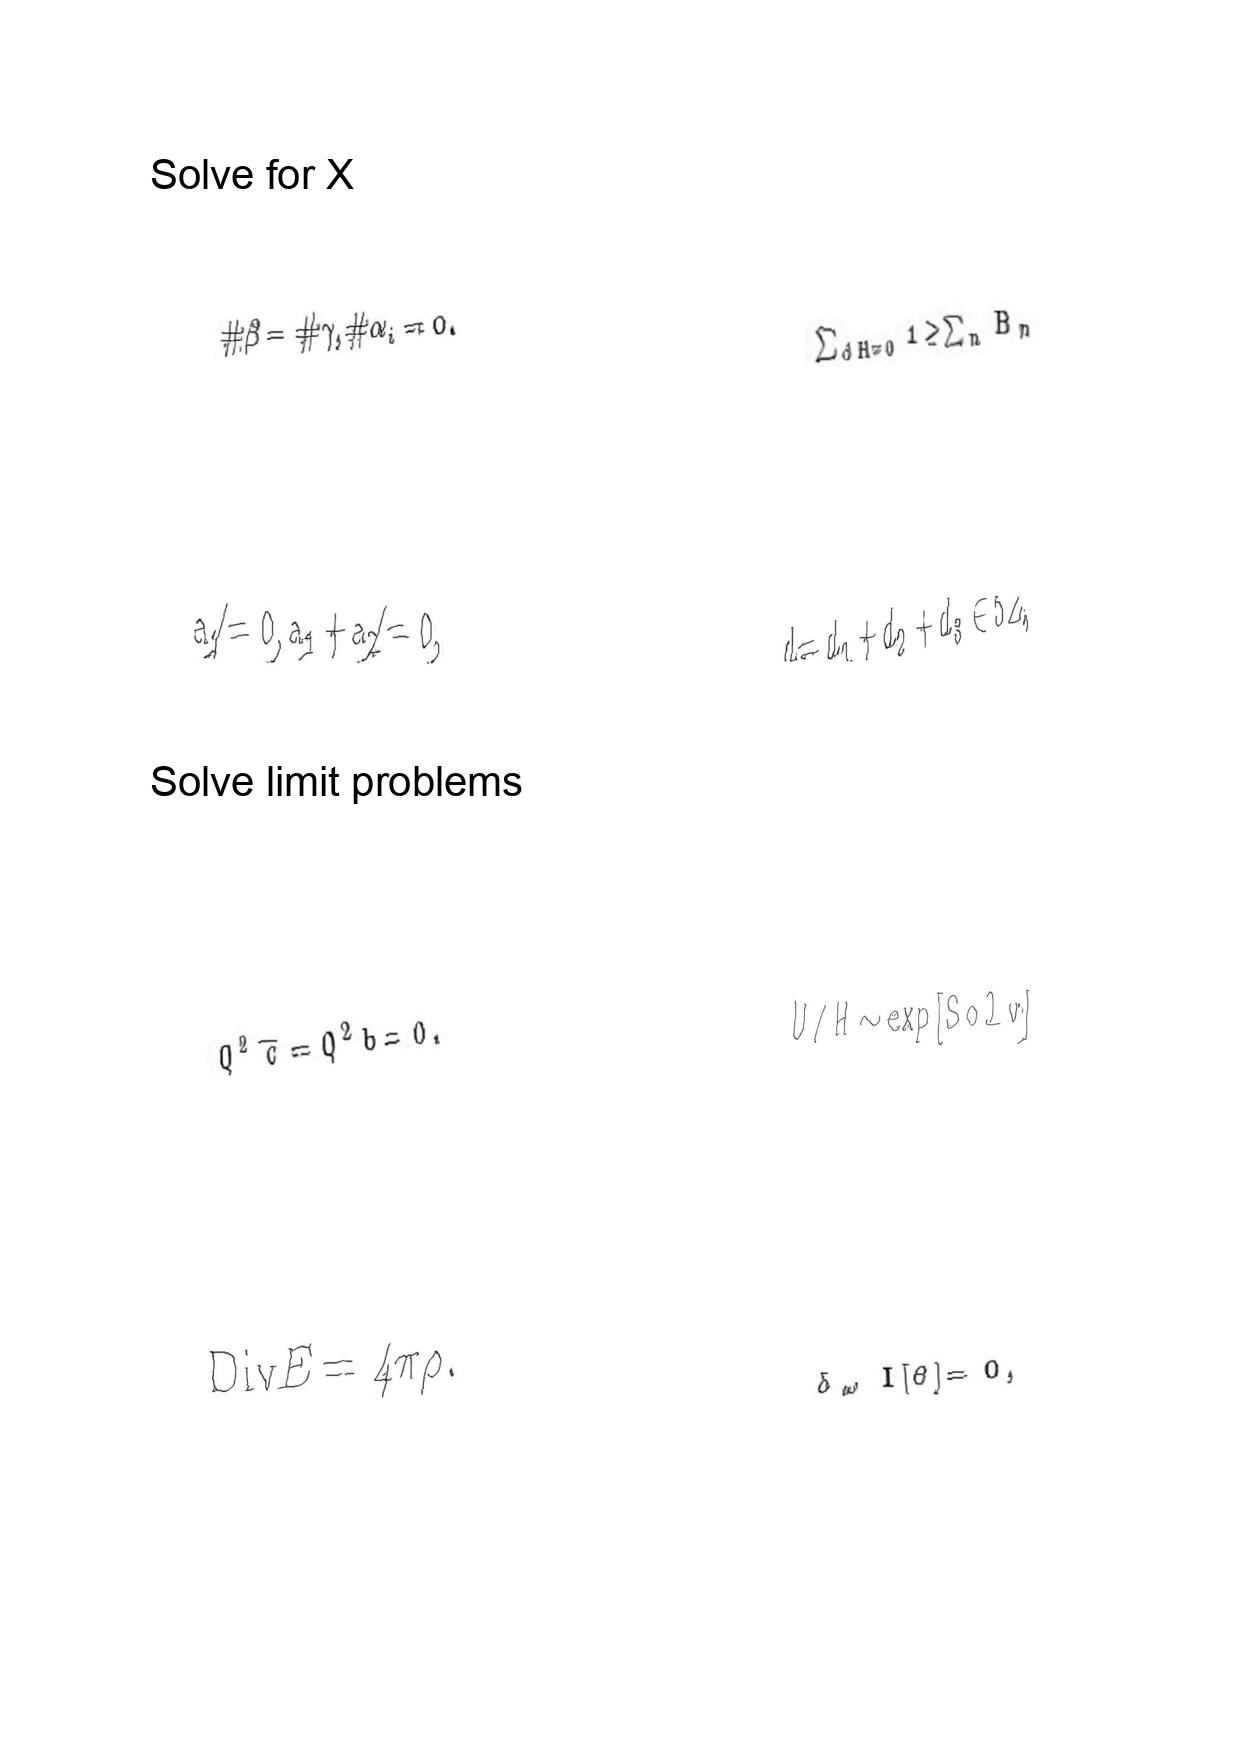
LaTeX transcription:
\# \beta = \# \gamma , \# \alpha _ { i } = 0 .
a _ { 1 } \neq 0 , a _ { 1 } + a _ { 2 } \neq 0 ,
Q ^ { 2 } \overline { c } = Q ^ { 2 } b = 0 .
\mathrm { D i v } E = 4 \pi \rho .
\sum _ { d H = 0 } 1 \geq \sum _ { n } B _ { n }
d = d _ { 1 } + d _ { 2 } + d _ { 3 } \in 5 Z ,
U / H \sim \exp \lbrack S o l v \rbrack
\delta _ { \omega } I \lbrack \theta \rbrack = 0 ,